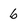
Character: 6